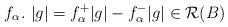
LaTeX: \begin{align*}f_{\alpha}.\ |g|=f_{\alpha}^{+}|g|-f_{\alpha}^{-}|g|\in\mathcal{R}(B)\end{align*}